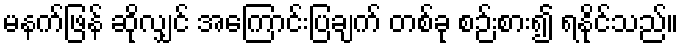
မနက်ဖြန် ဆိုလျှင် အကြောင်းပြချက် တစ်ခု စဉ်းစား၍ ရနိုင်သည်။